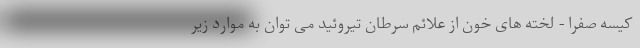
کیسه صفرا - لخته های خون از علائم سرطان تیروئید می توان به موارد زیر